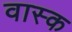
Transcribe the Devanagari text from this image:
वास्क